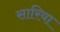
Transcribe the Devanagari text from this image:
सारिया